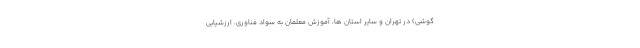
گوشی) در تهران و سایر استان ها، آموزش معلمان به سواد فناوری، ارزشیابی